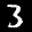
Label: 3